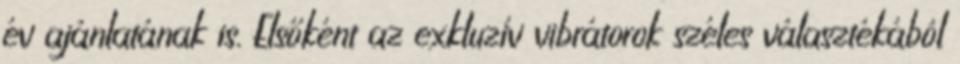
év ajánlatának is. Elsőként az exkluzív vibrátorok széles választékából